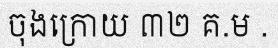
ចុងក្រោយ ៣២ គ.ម .